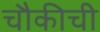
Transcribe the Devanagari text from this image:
चौकीची